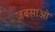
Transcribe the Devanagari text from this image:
जबसाओ